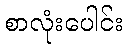
စာလုံးပေါင်း